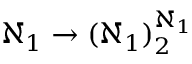
\aleph _ { 1 } \rightarrow ( \aleph _ { 1 } ) _ { 2 } ^ { \aleph _ { 1 } }